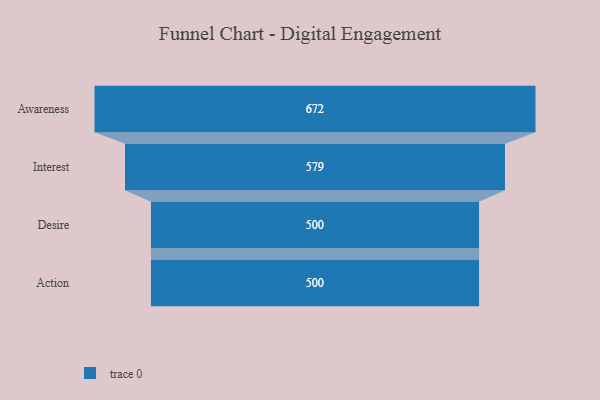
{"axis": {"x": "Stage", "y": "Value"}, "legend": [""], "data": [{"x": "Awareness", "y": 672.0, "type": ""}, {"x": "Interest", "y": 579.0, "type": ""}, {"x": "Desire", "y": 500, "type": ""}, {"x": "Action", "y": 500, "type": ""}]}